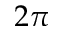
2 \pi